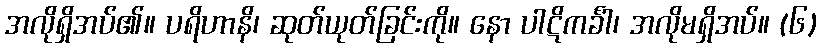
အလိုရှိအပ်၏။ ပရိဟာနိ၊ ဆုတ်ယုတ်ခြင်းကို။ နော ပါဋိကင်္ခါ၊ အလိုမရှိအပ်။ (၆)